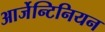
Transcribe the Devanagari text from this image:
आर्जेन्टिनियन